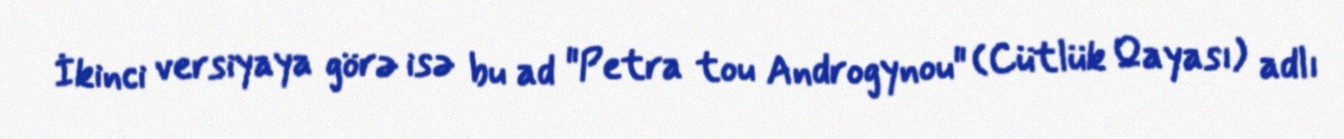
İkinci versiyaya görə isə bu ad "Petra tou Androgynou" (Cütlük Qayası) adlı